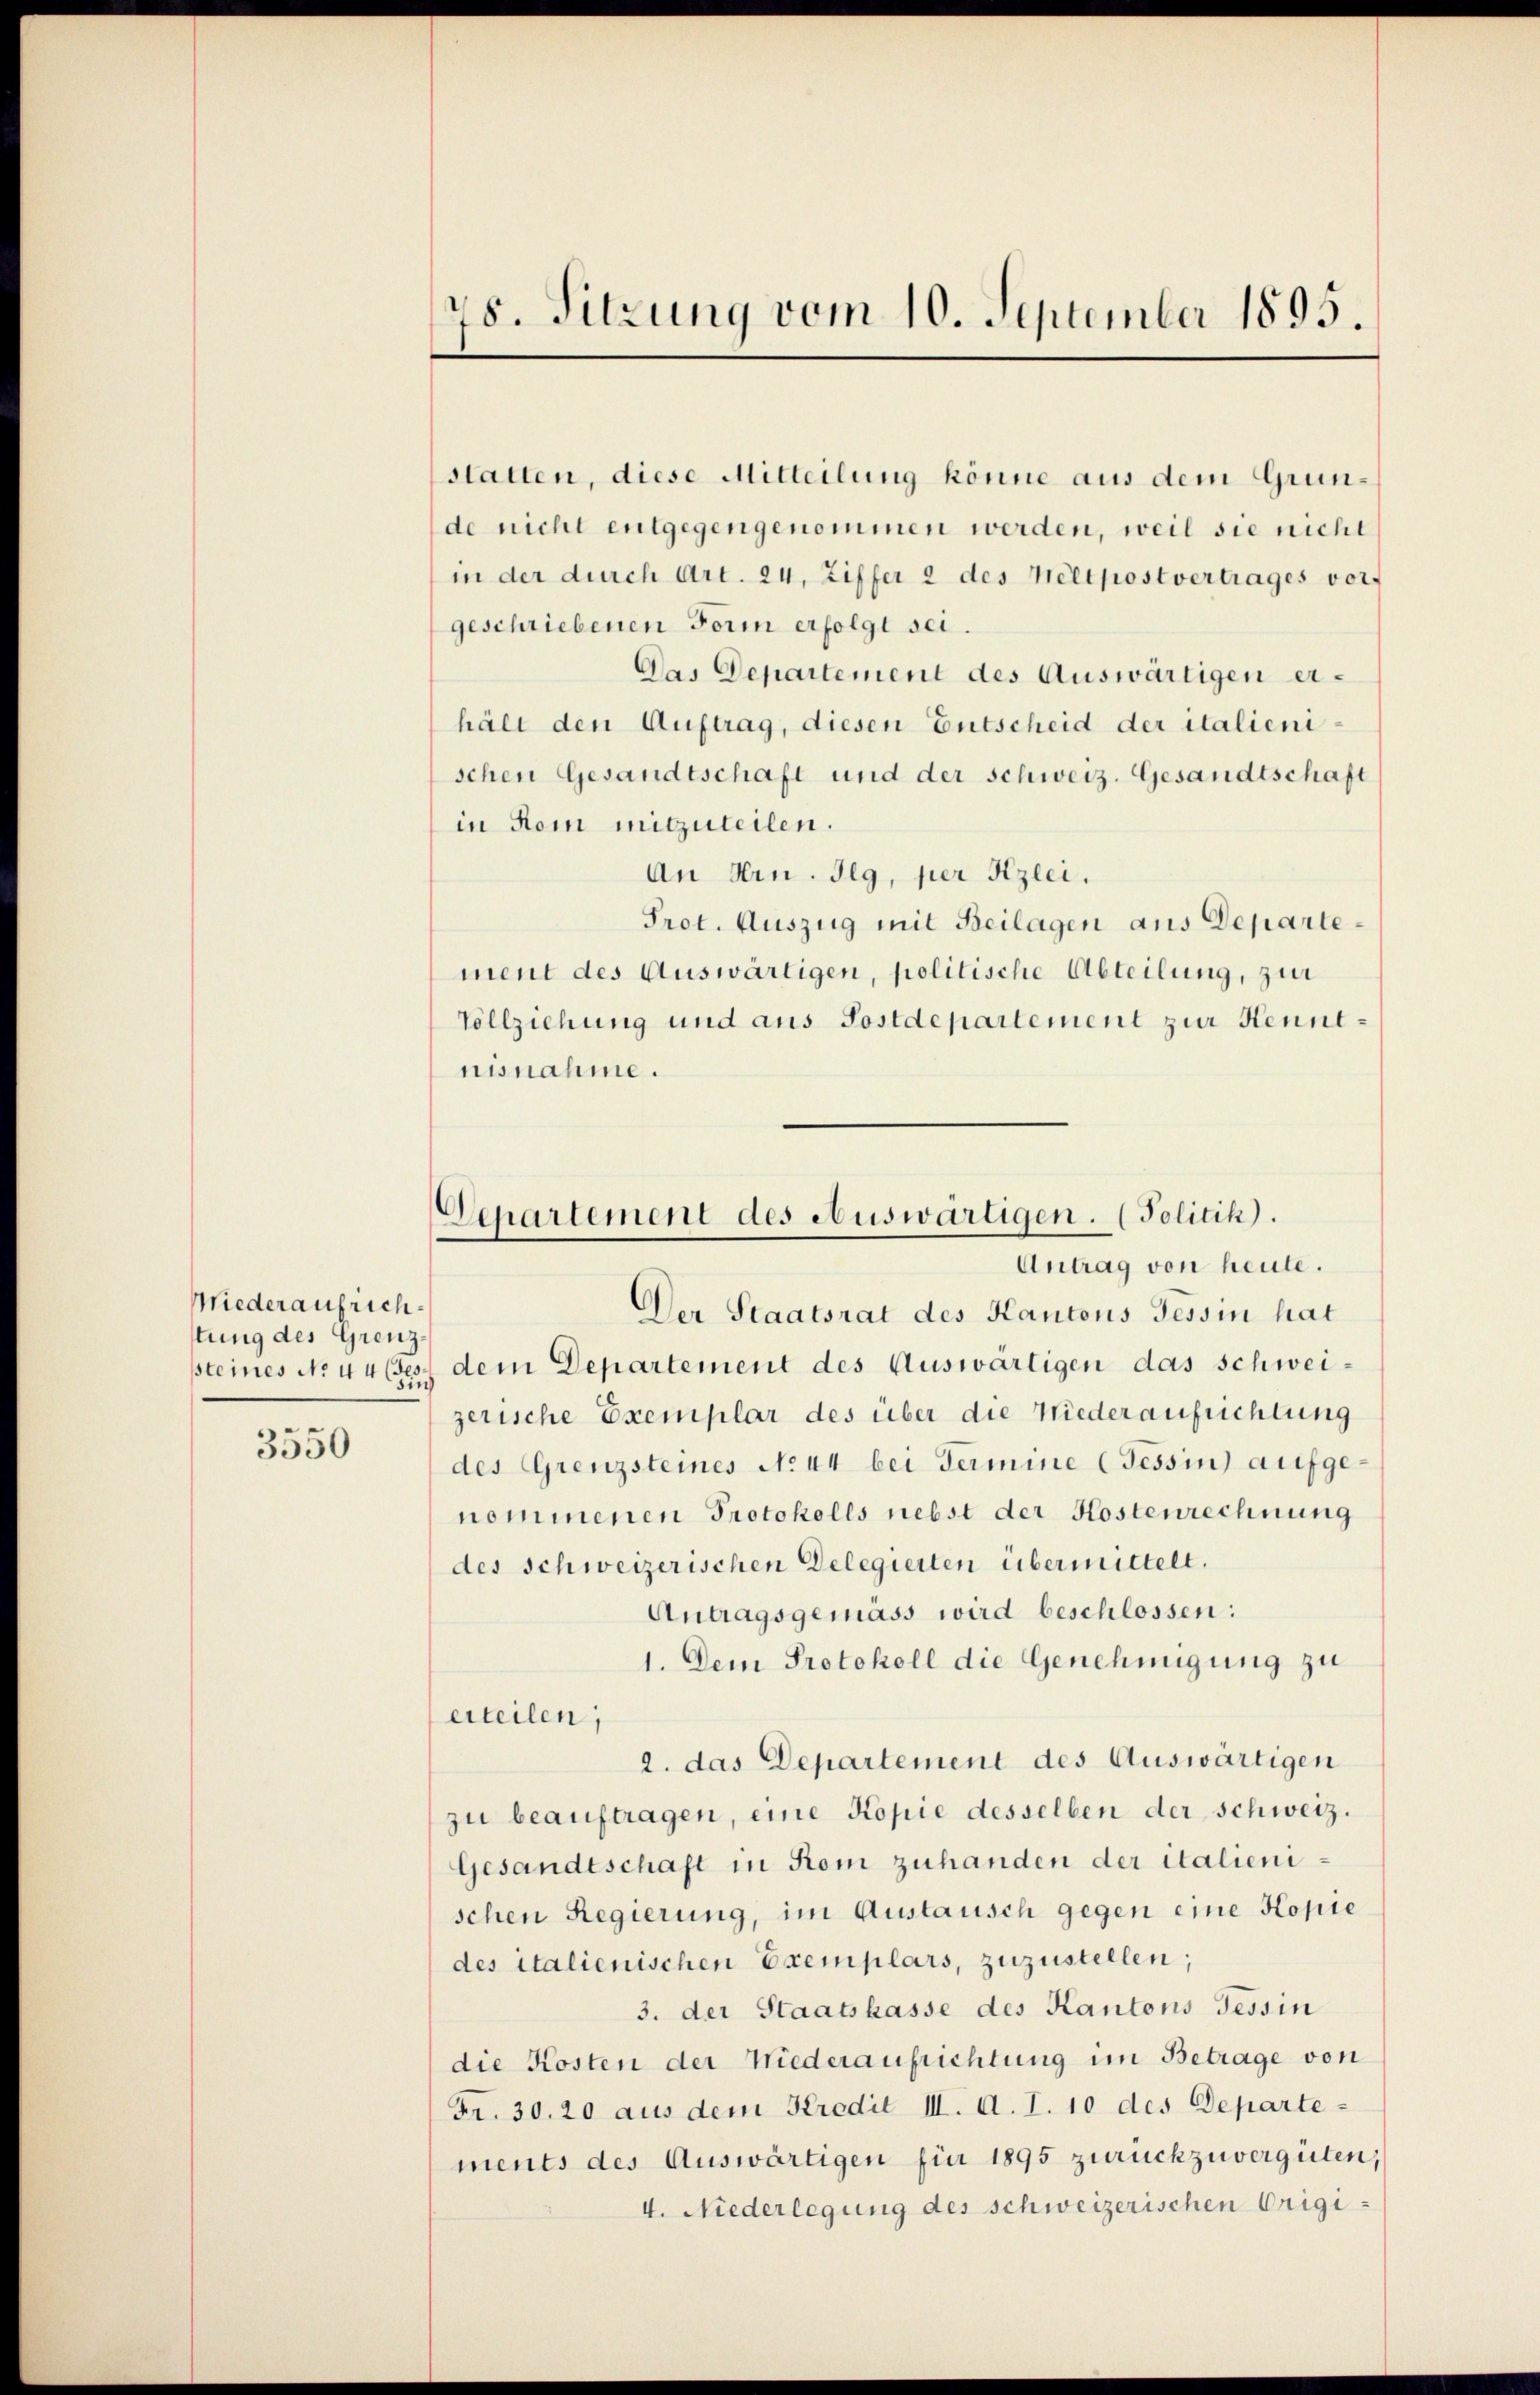
Niederaufrichttung des Grenz¬

3550

78. Sitzung vom 10. September 1895.

statten, diese Mitteilung könne aus dem Grunde nicht entgegengenommen werden, weil sie nicht
in der durch Art. 24, Ziffer 2 des Mellpostvertrages vor
geschriebenen Form erfolgt sei.
Das Departement des Auswärtigen erhält den Auftrag, diesen Entscheid der italieni
schen Gesandtschaft und der schweiz. Gesandtschaft
in Rom mitzuteilen.
An Hrn. Ilg, per Kzlei.
Prot. Auszug mit Beilagen aus Departement des Auswärtigen, politische Abteilung, zur
Vollziehung und aus Sostdepartement zur Kenntnisnahme.

Departement des Auswärtigen. (Politik).
Antrag von heute.

Der Staatsrat des Kantons Tessin hat
steines No 44 des dem Departement des Auswärtigen das schweizerische Exemplar des über die Niederaufrichtung
des Grenzsteines No 44 bei Termine (Tessin aufgenommenen Protokolls nebst der Kostenrechnung
des Schweizerischen Delegierten übermittelt.
Antragsgemäss wird beschlossen:
1. Dem Protokoll die Genehmigung zu
erteilen;
2. das Departement des Auswärtigen
zu beauftragen, eine Kopie desselben der schweiz.
Gesandtschaft in Rom zuhanden der italienischen Regierung, im Austausch gegen eine Kopie
des italienischen Exemplars, zuzustellen;
3. der Staatskasse des Kantons Tessin
die Kosten der Niederaufrichtung im Betrage von
Fr. 30.20 aus dem Kredit III. A. I. 10 des Departe
ments des Auswärtigen für 1895 zurückzuvergüten;
4. Niederlegung des schweizerischen Origi-